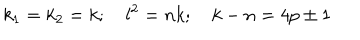
k _ { 1 } = k _ { 2 } = k ; \quad l ^ { 2 } = n k ; \quad k - n = 4 p \pm 1